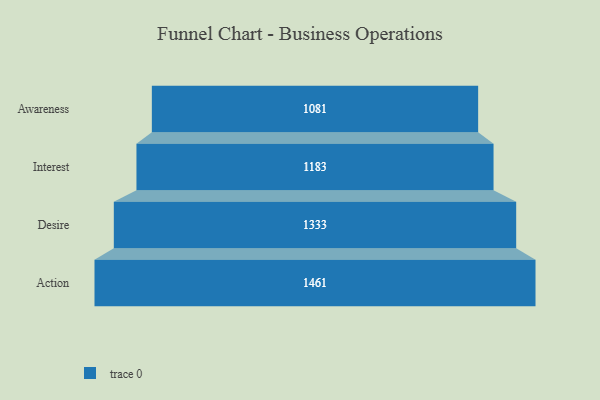
{"axis": {"x": "Stage", "y": "Value"}, "legend": [""], "data": [{"x": "Awareness", "y": 1081.0, "type": ""}, {"x": "Interest", "y": 1183.0, "type": ""}, {"x": "Desire", "y": 1333.0, "type": ""}, {"x": "Action", "y": 1461.0, "type": ""}]}